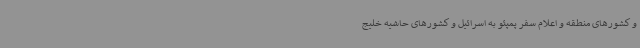
و کشورهای منطقه و اعلام سفر پمپئو به اسرائیل و کشورهای حاشیه خلیج